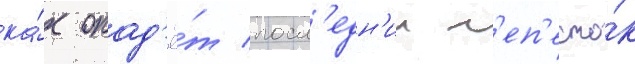
ка́к опад'ё́т посл'едн'ии л'еп'есто́к